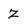
Character: Z